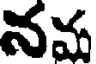
నవ